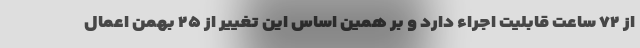
از ۷۲ ساعت قابلیت اجراء دارد و بر همین اساس این تغییر از ۲۵ بهمن اعمال